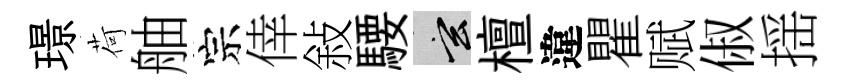
璟荷舳宗倖敍騕玄檀違瞿赋俶揺